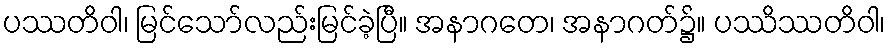
ပဿတိဝါ၊ မြင်သော်လည်းမြင်ခဲ့ပြီ။ အနာဂတေ၊ အနာဂတ်၌။ ပဿိဿတိဝါ၊